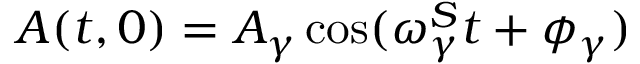
A ( t , 0 ) = A _ { \gamma } \cos ( \omega _ { \gamma } ^ { S } t + \phi _ { \gamma } )